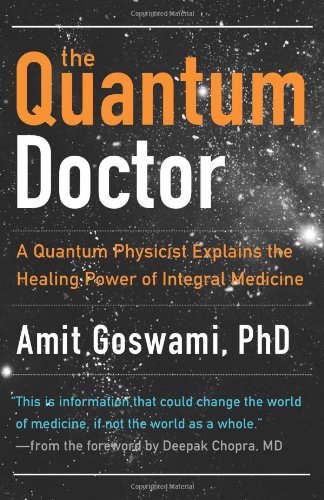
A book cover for Quantum Doctor, The: A Quantum Physicist Explains the Healing Power of Integral Medicine; Amit Goswami; Health, Fitness & Dieting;